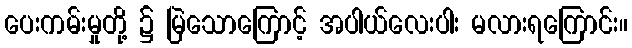
ပေးကမ်းမှုတို့ ၌ မြဲသောကြောင့် အပါယ်လေးပါး မလားရကြောင်း။